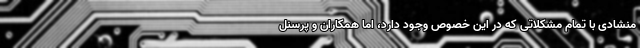
منشادی با تمام مشکلاتی که در این خصوص وجود دارد، اما همکاران و پرسنل